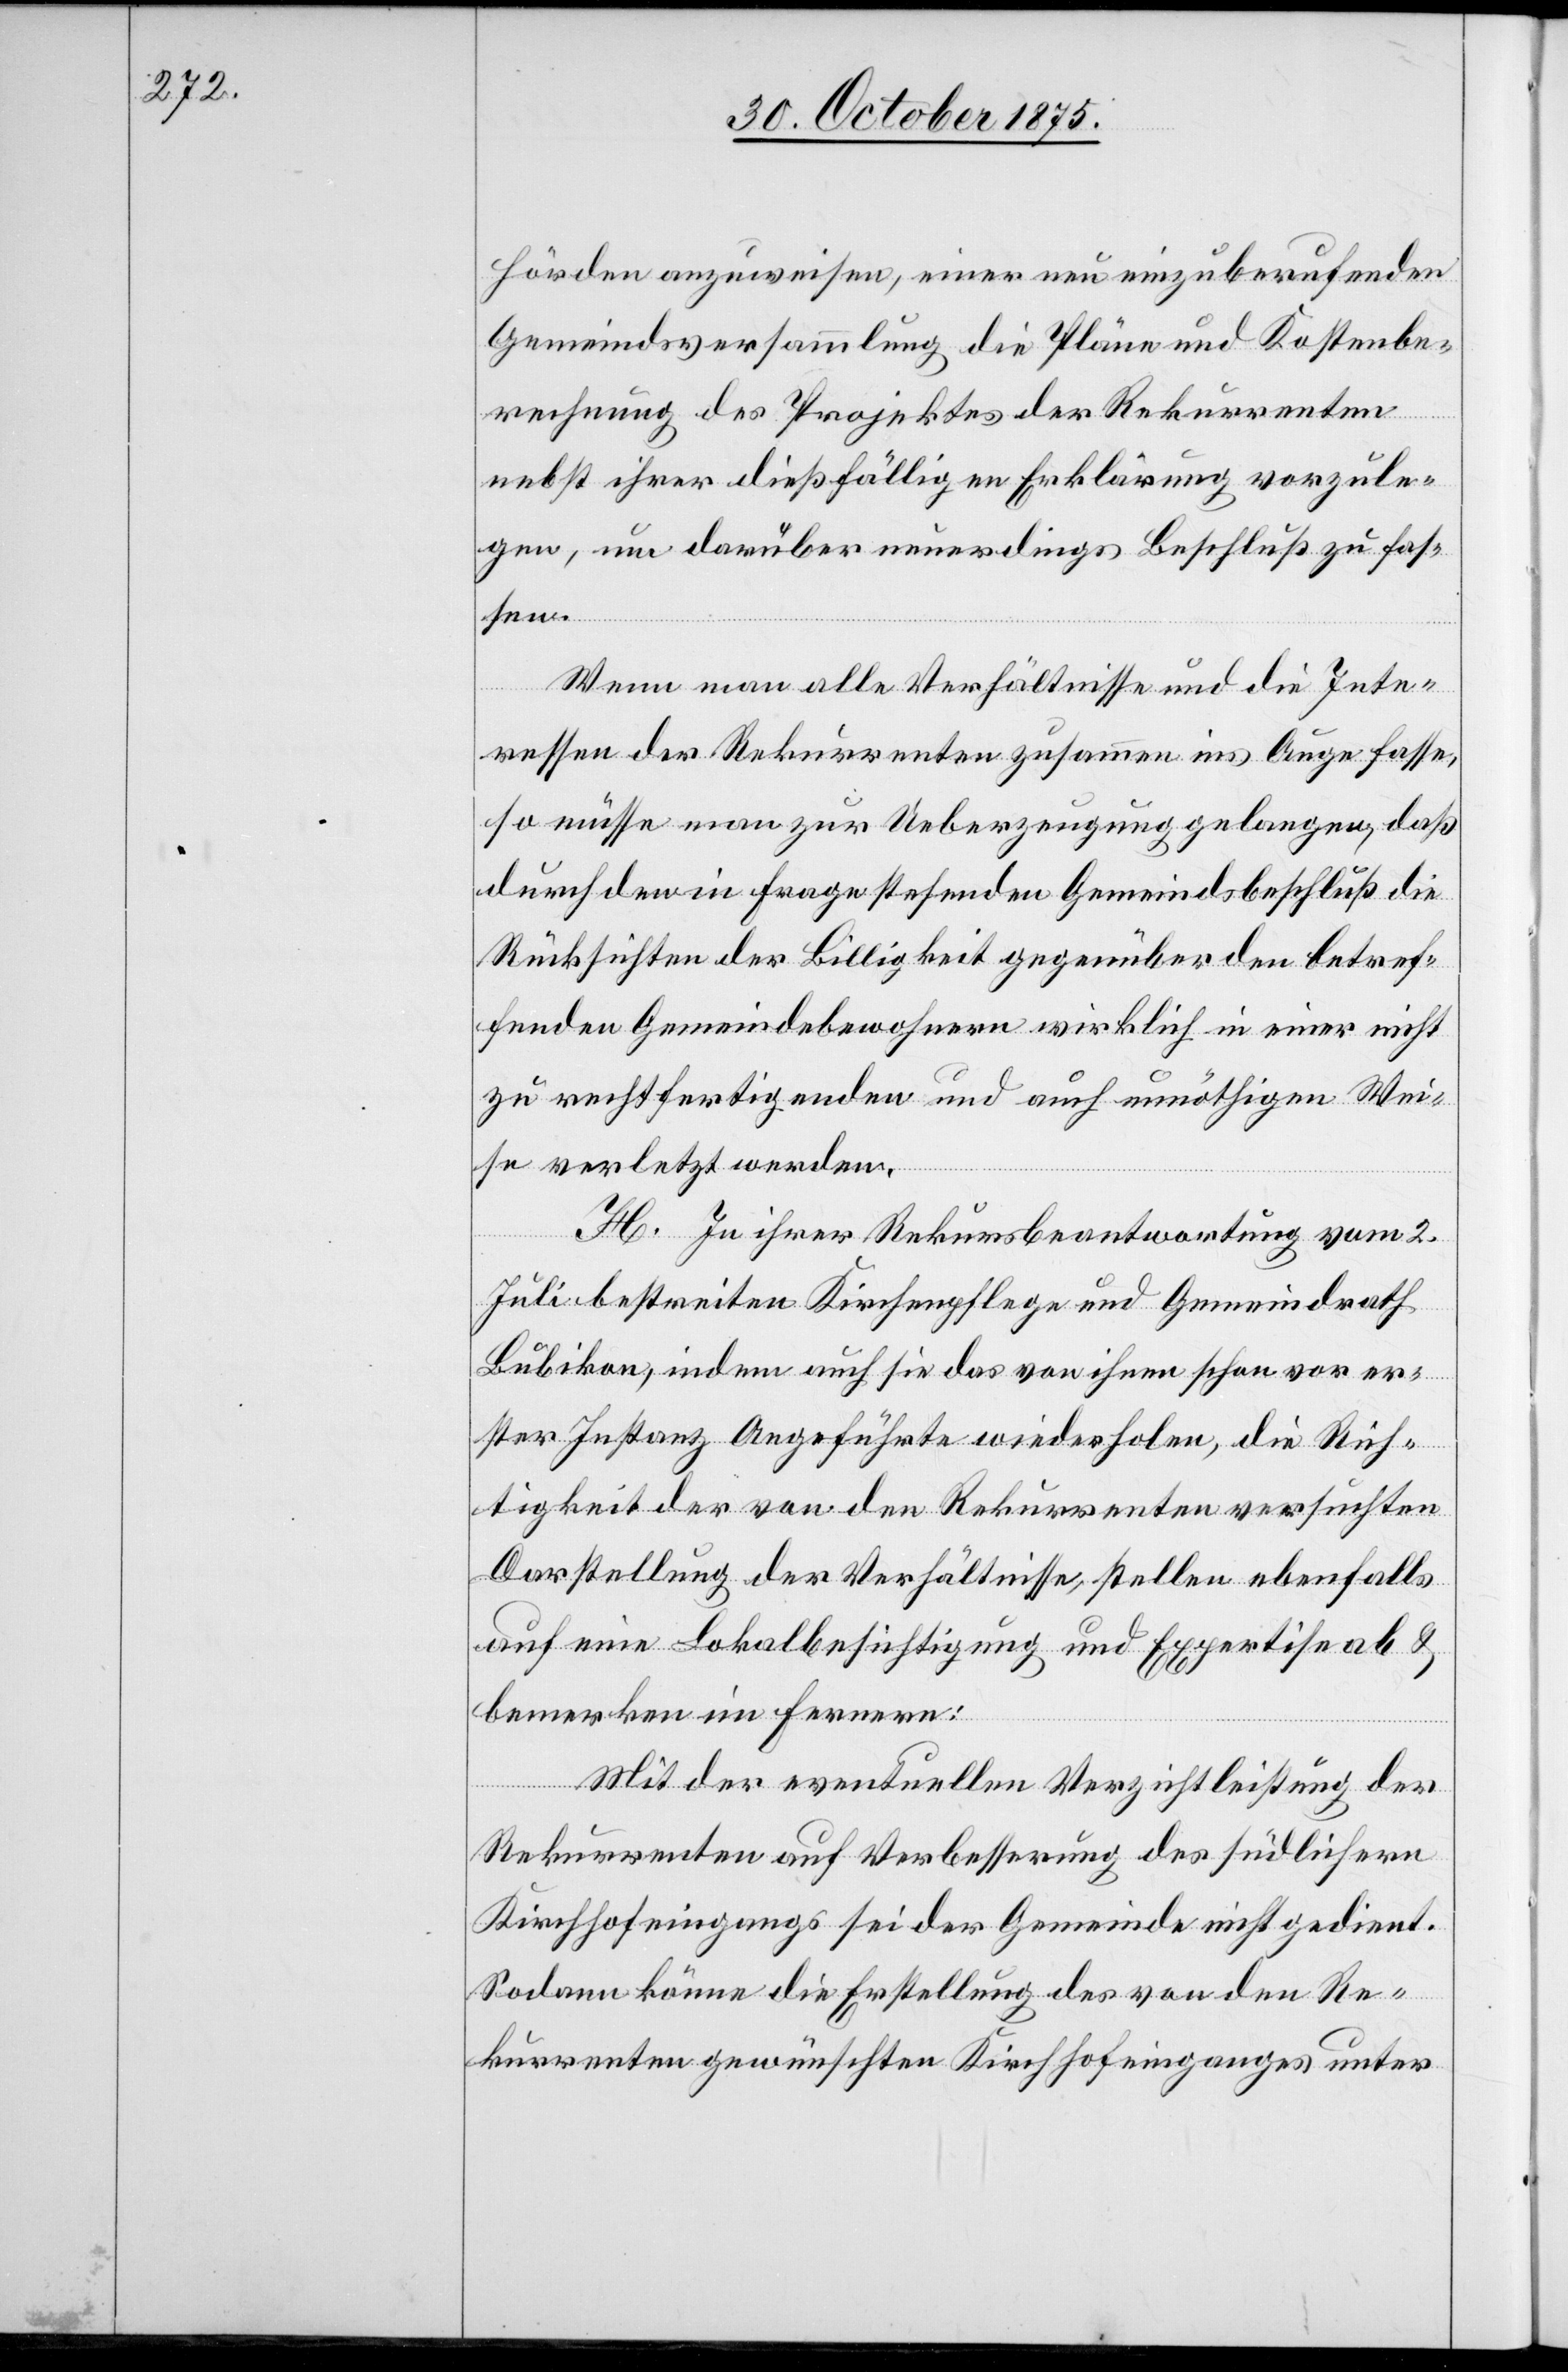
hörden anzuweisen, einer neu einzuberufenden
Gemeindsversammlung die Pläne und Kostenbe¬
rechnung des Projektes der Rekurrenten
nebst ihrer dießfälligen Erklärung vorzule¬
gen, um darüber neuerdings Beschluß zu fas¬
sen.
Wenn man alle Verhältnisse und die Inte¬
ressen der Rekurrenten zusammen ins Auge fasse,
so müsse man zur Ueberzeugung gelangen, daß
durch den in Frage stehenden Gemeindsbeschluß die
Rücksichten der Billigkeit gegenüber den betref¬
fenden Gemeindebewohnern wirklich in einer nicht
zu rechtfertigenden und auch unnöthigen Wei¬
se verletzt werden.
H. In ihrer Rekursbeantwortung vom 2.
Juli bestreiten Kirchenpflege und Gemeindrath
Bubikon, indem auch sie das von ihnen schon vor er¬
ster Instanz Angeführte wiederholen, die Rich¬
tigkeit der von den Rekurrenten versuchten
Darstellung der Verhältnisse, stellen ebenfalls
auf eine Lokalbesichtigung und Expertise ab &
bemerken im Fernern:
Mit der eventuellen Verzichtleistung der
Rekurrenten auf Verbesserung des südlichern
Kirchhofeingangs sei der Gemeinde nicht gedient.
Sodann könne die Erstellung des von den Re¬
kurrenten gewünschten Kirchhofeinganges unter